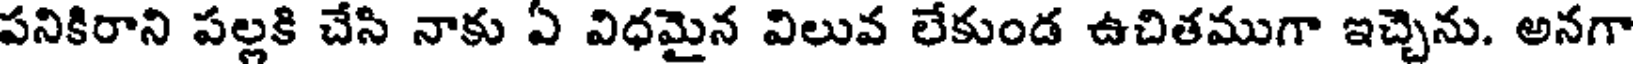
పనికిరాని పల్లకి చేసి నాకు ఏ విధమైన విలువ లేకుండ ఉచితముగా ఇచ్చెను. అనగా